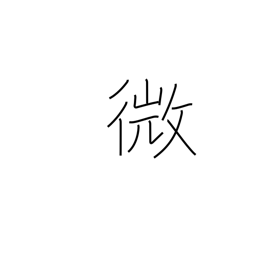
Meaning: delicate